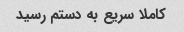
کاملا سریع به دستم رسید